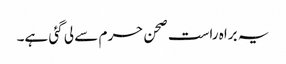
یہ براہ راست صحن حرم سے لی گئی ہے۔